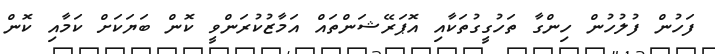
ފަހުން ފުލުހުން ހިންގާ ތަހުގީގުތަކާއި އޮޕަރޭޝަންތައް އަމާޒުކުރަންވީ ކޮން ބަޔަކަށް ކަމާއި ކޮން